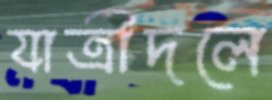
যাত্রীদলে